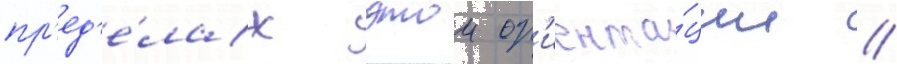
пр'ед'е́лах этои ор'иента́ции //